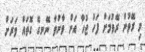
މި ރޭވުން ރޭވުމަށް ފަހު ޖުހާ އަށް ވާނުވާ ނޭނގޭ ގޮތައް ވަރަށް